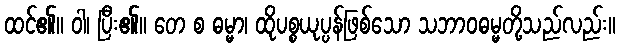
ထင်၏။ ဝါ၊ ပြီး၏။ တေ စ ဓမ္မာ၊ ထိုပစ္စယုပ္ပန်ဖြစ်သော သဘာဝဓမ္မတို့သည်လည်း။